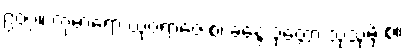
၉၀၇။ ကုမာရော ယုဝရာဇေ စ၊ ခန္ဒေ ဝုတ္တော သုသုမှိ စ။